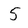
Character: 5